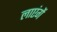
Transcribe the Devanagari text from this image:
लाएंगें